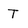
Character: t